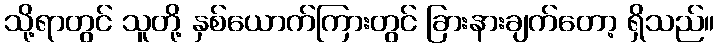
သို့ရာတွင် သူတို့ နှစ်ယောက်ကြားတွင် ခြားနားချက်တော့ ရှိသည်။